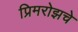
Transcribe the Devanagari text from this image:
प्रिमरोझचे